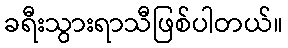
ခရီးသွားရာသီဖြစ်ပါတယ်။